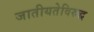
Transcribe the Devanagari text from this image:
जातीयतेविरुद्ध